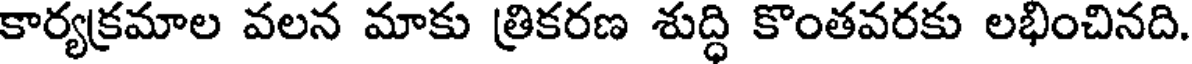
కార్యక్రమాల వలన మాకు త్రికరణ శుద్ధి కొంతవరకు లభించినది.